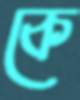
কে